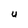
Character: U